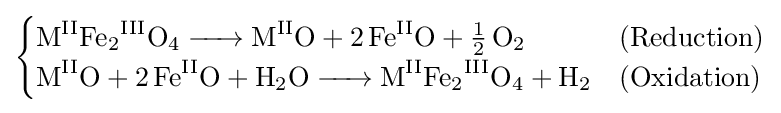
{\begin{cases}{\ce {M^{II}Fe2^{III}O4 -> M^{II}O + 2Fe^{II}O + 1/2O2}}&{\ce {(Reduction)}}\\{\ce {M^{II}O + 2Fe^{II}O + H2O -> M^{II}Fe2^{III}O4 + H2}}&{\ce {(Oxidation)}}\end{cases}}